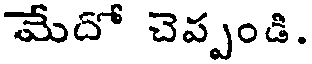
మేదో చెప్పండి.